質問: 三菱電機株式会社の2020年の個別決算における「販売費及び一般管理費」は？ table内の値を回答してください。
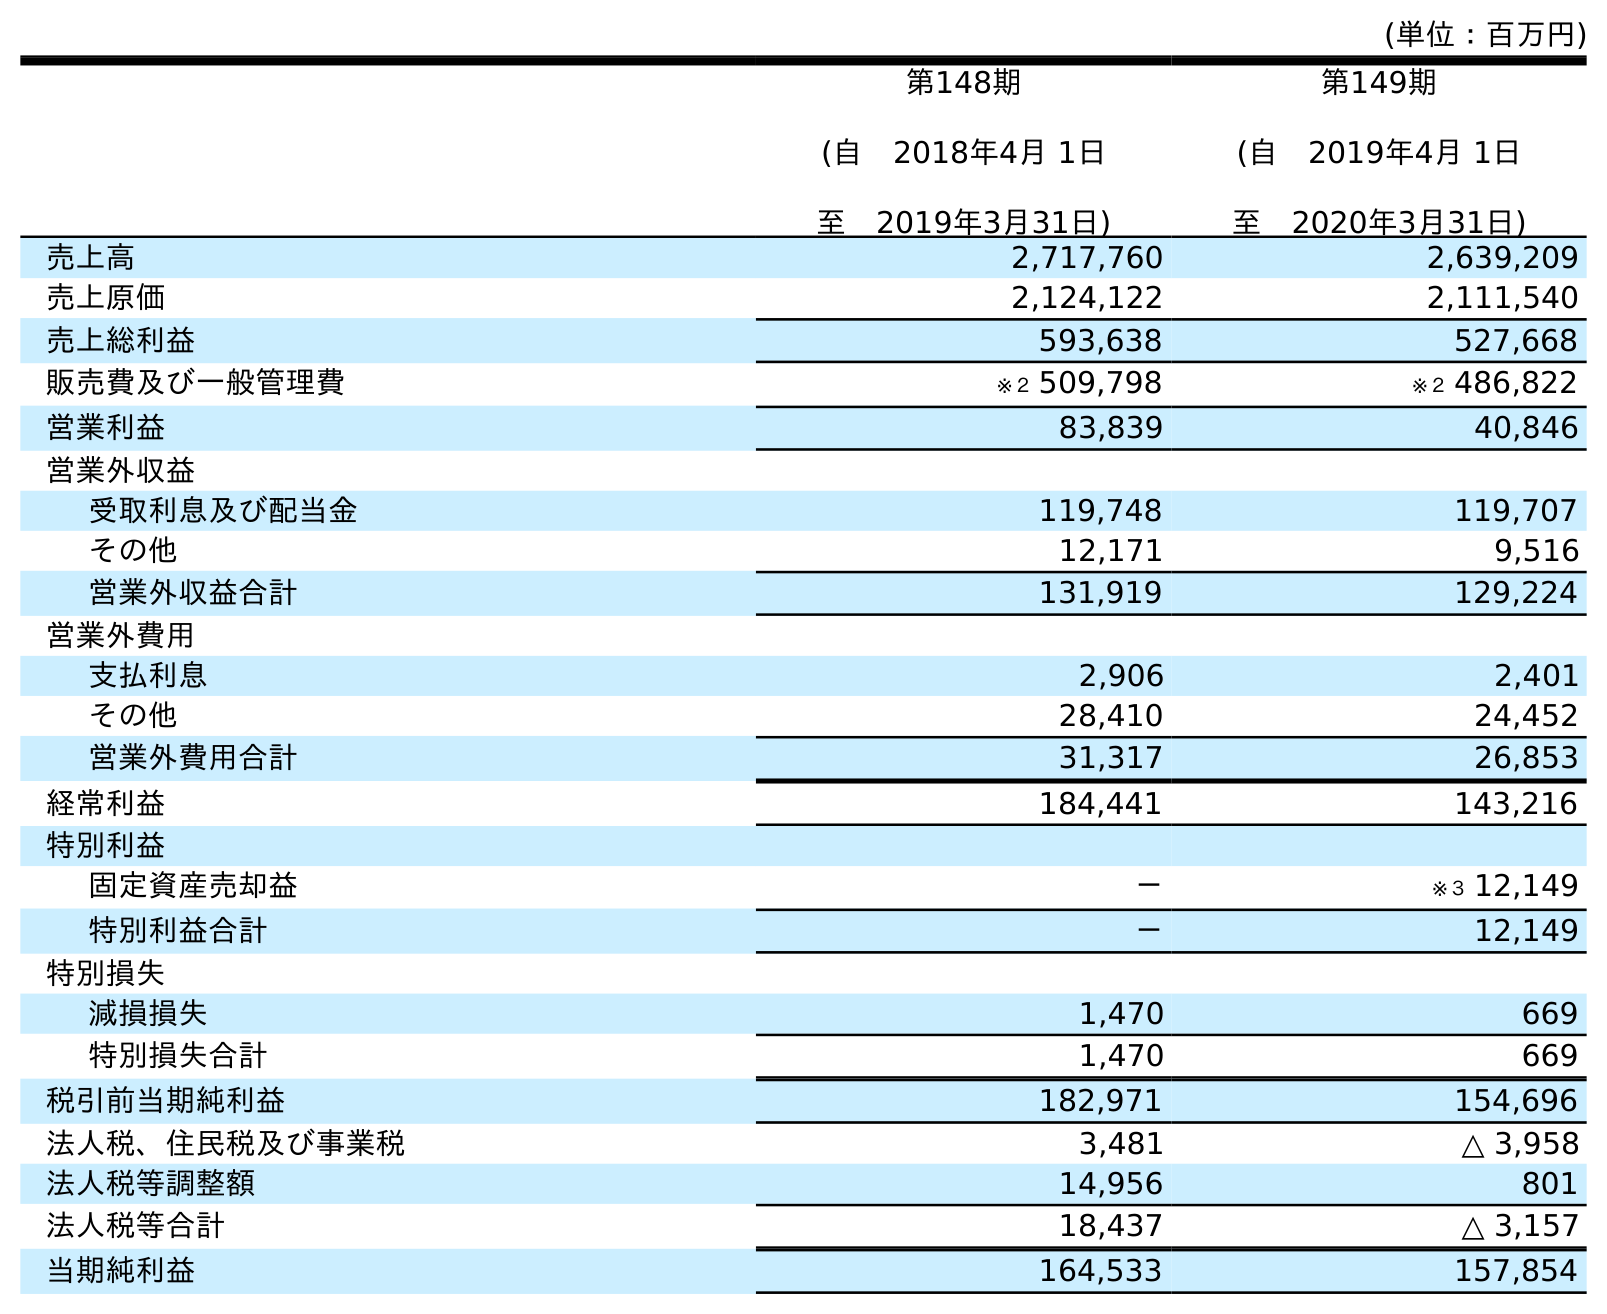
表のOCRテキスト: (単位：百万円) 第148期 (自 2018年4月 1日 至 2019年3月31日) 第149期 (自 2019年4月 1日 至 2020年3月31日) 売上高 2,717,760 2,639,209 売上原価 2,124,122 2,111,540 売上総利益 593,638 527,668 販売費及び一般管理費 ※２ 509,798 ※２ 486,822 営業利益 83,839 40,846 営業外収益 受取利息及び配当金 119,748 119,707 その他 12,171 9,516 営業外収益合計 131,919 129,224 営業外費用 支払利息 2,906 2,401 その他 28,410 24,452 営業外費用合計 31,317 26,853 経常利益 184,441 143,216 特別利益 固定資産売却益 － ※３ 12,149 特別利益合計 － 12,149 特別損失 減損損失 1,470 669 特別損失合計 1,470 669 税引前当期純利益 182,971 154,696 法人税、住民税及び事業税 3,481 △ 3,958 法人税等調整額 14,956 801 法人税等合計 18,437 △ 3,157 当期純利益 164,533 157,854
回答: ※２486,822